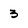
Character: 3